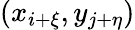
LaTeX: (x_{i+\xi},y_{j+\eta})